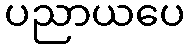
ပညာယပေ